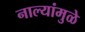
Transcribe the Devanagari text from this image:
नाल्यांमुळे